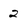
Character: 2